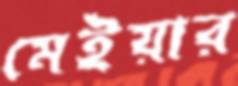
মেইয়ার